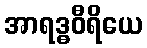
အာရဒ္ဓဝီရိယေ